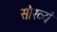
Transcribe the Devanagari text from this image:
सौख्यं